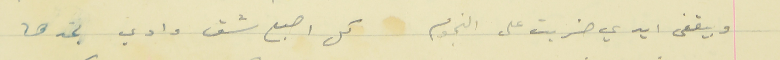
وبيقفى ايدي ضربت على النجوم                    كل اصبع شق وادي بخدها